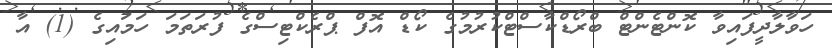
ހަވާލާދީފައިވާ ކޮންޓެންޓް ބްރޯޑްކާސްޓްކުރުމުގެ ކޯޑް އޮފް ޕްރެކްޓިސްގެ ފުރަތަމަ ހަމައިގެ (1) އާ